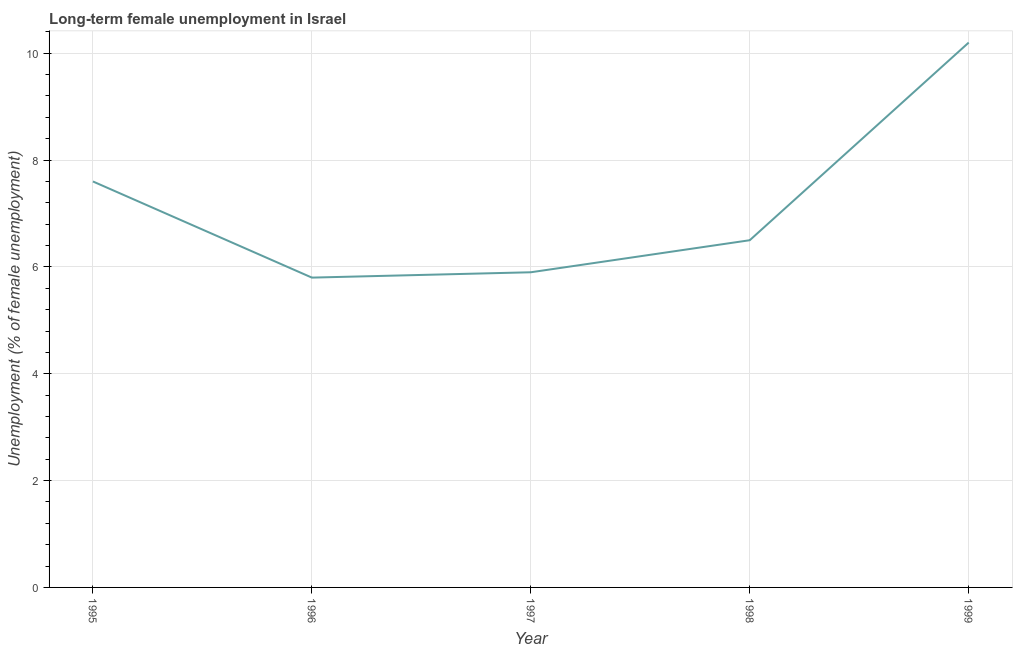
| Year | Long-term unemployment female |
 | --- | --- |
 | 1995 | 7.6 |
 | 1996 | 5.8 |
 | 1997 | 5.9 |
 | 1998 | 6.5 |
 | 1999 | 10.2 |